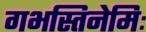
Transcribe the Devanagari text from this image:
गभस्तिनेमिः